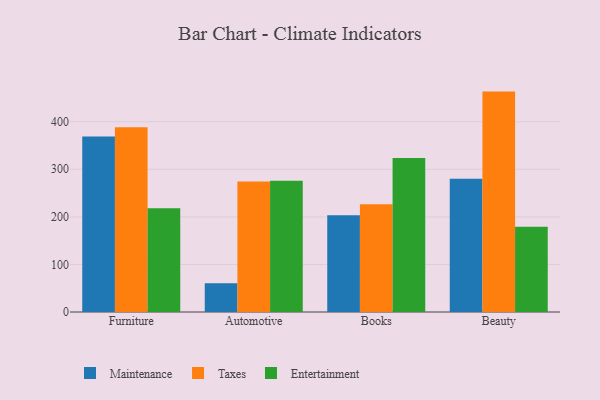
{"axis": {"x": "Category", "y": "Bounce Rate (%)"}, "legend": ["Entertainment", "Maintenance", "Taxes"], "data": [{"x": "Furniture", "y": 368.7, "type": "Maintenance"}, {"x": "Furniture", "y": 388.5, "type": "Taxes"}, {"x": "Furniture", "y": 218.3, "type": "Entertainment"}, {"x": "Automotive", "y": 60.5, "type": "Maintenance"}, {"x": "Automotive", "y": 274.5, "type": "Taxes"}, {"x": "Automotive", "y": 275.9, "type": "Entertainment"}, {"x": "Books", "y": 203.2, "type": "Maintenance"}, {"x": "Books", "y": 226.5, "type": "Taxes"}, {"x": "Books", "y": 323.9, "type": "Entertainment"}, {"x": "Beauty", "y": 280.1, "type": "Maintenance"}, {"x": "Beauty", "y": 463.3, "type": "Taxes"}, {"x": "Beauty", "y": 179.4, "type": "Entertainment"}]}